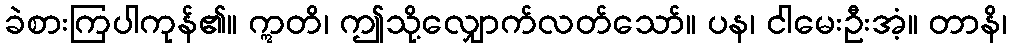
ခဲစားကြပါကုန်၏။ ဣတိ၊ ဤသို့လျှောက်လတ်သော်။ ပန၊ ငါမေးဦးအံ့။ တာနိ၊